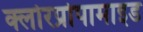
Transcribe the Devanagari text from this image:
क्लोरप्रोपामाइड